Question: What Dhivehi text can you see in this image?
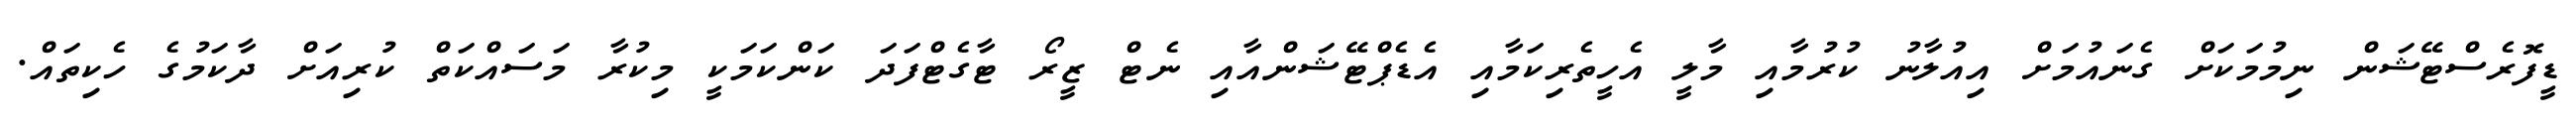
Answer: ޑީފޮރެސްޓޭޝަން ނިމުމަކަށް ގެނައުމަށް އިއުލާނު ކުރުމާއި މާލީ އެހީތެރިކަމާއި އެޑެޕްޓޭޝަންއާއި ނެޓް ޒީރޯ ޓާގެޓްފަދަ ކަންކަމަކީ މިކުރާ މަސައްކަތް ކުރިއަށް ދާކަމުގެ ހެކިތައް.